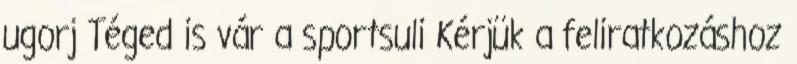
ugorj Téged is vár a sportsuli Kérjük a feliratkozáshoz